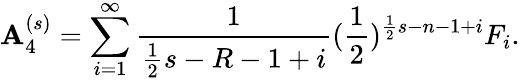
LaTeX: \mathbf{A}_{4}^{(s)}=\sum_{i=1}^{\infty}\frac{{1}}{{\frac{{1}}{{2}}s-R-1+i}}(\frac{{1}}{{2}})^{\frac{{1}}{{2}}s-n-1+i}F_{i}.